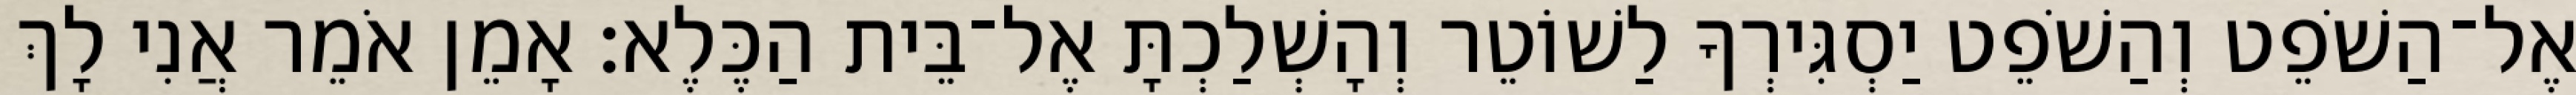
אֶל־הַשֹׁפֵט וְהַשֹׁפֵט יַסְגִּירְךָ לַשׁוֹטֵר וְהָשְׁלַכְתָּ אֶל־בֵּית הַכֶּלֶא׃ אָמֵן אֹמֵר אֲנִי לָךְ